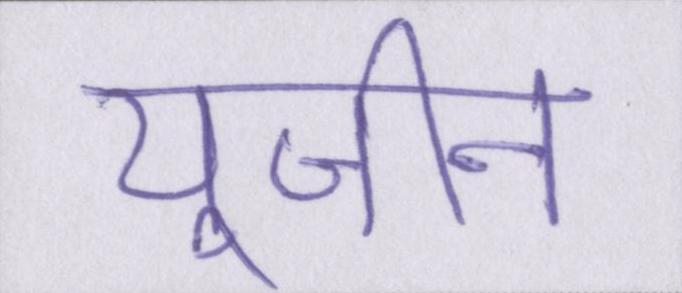
यूजीन